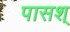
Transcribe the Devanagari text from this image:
पासश्